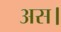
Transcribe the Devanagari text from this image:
अस।